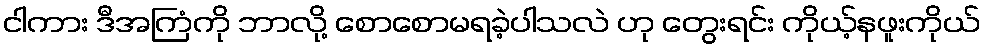
ငါကား ဒီအကြံကို ဘာလို့ စောစောမရခဲ့ပါသလဲ ဟု တွေးရင်း ကိုယ့်နဖူးကိုယ်